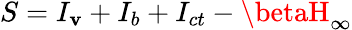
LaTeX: S=I_{\mathbf{v}}+I_{b}+I_{ct}-\betaH_{\infty}